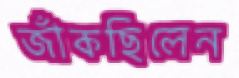
জাঁকছিলেন